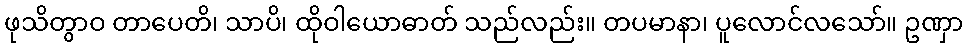
ဖုသိတွာဝ တာပေတိ၊ သာပိ၊ ထိုဝါယောဓာတ် သည်လည်း။ တပမာနာ၊ ပူလောင်လသော်။ ဥဏှာ